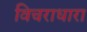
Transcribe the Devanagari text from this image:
विचराधारा